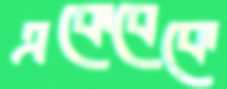
একেবেকে